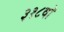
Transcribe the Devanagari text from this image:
३१८वॉ